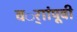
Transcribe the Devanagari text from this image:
वर्ाांपूवी